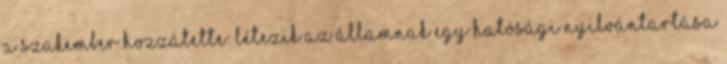
A szakember hozzátette: létezik az államnak egy hatósági nyilvántartása